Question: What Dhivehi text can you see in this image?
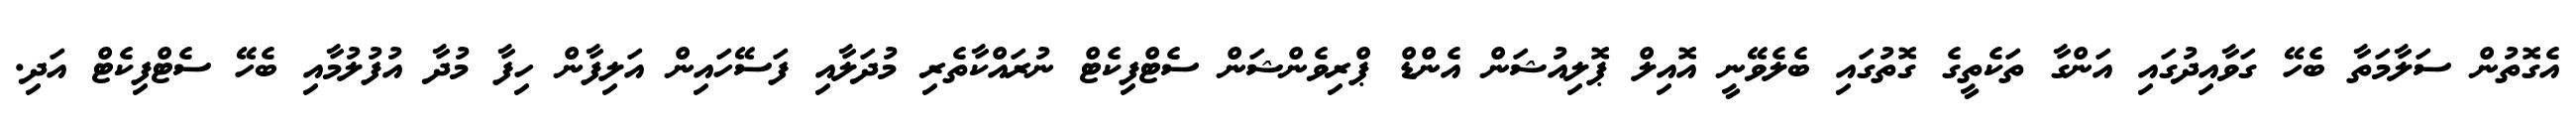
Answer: އެގޮތުން ސަލާމަތާ ބެހޭ ގަވާއިދުގައި އަންގާ ތަކެތީގެ ގޮތުގައި ބެލެވޭނީ އޮއިލް ޕޮލިއުޝަން އެންޑް ޕްރިވެންޝަން ސެޓްފިކެޓް ނުރައްކާތެރި މުދަލާއި ފަސޭހައިން އަލިފާން ހިފާ މުދާ އުފުލުމާއި ބެހޭ ސެޓްފިކެޓް އަދި.